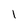
Character: 1